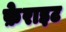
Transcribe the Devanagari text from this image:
फ़ेराइट